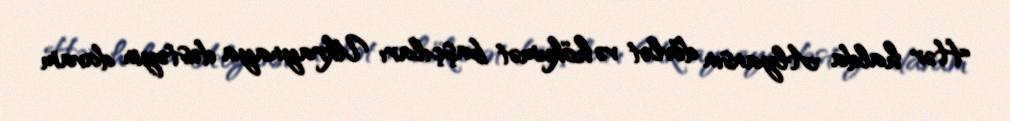
Hər halda Alyansın dövlət və hökumət başçıları Ukraynaya dəstəyin davam